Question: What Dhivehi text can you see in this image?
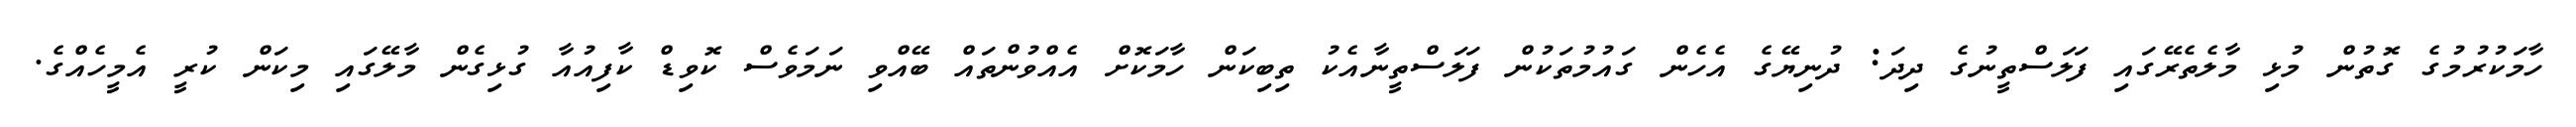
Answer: ހާމަކުރުމުގެ ގޮތުން މުޅި މާލެތެރޭގައި ފަލަސްތީނުގެ ދިދަ: ދުނިޔޭގެ އެހެން ގައުމުތަކުން ފަލަސްތީނާއެކު ތިބިކަން ހާމަކޮށް އެއްވުންތައް ބޭއްވި ނަމަވެސް ކޮވިޑް ކާފިއުއާ ގުޅިގެން މާލޭގައި މިކަން ކުރީ އެމީހެއްގެ.